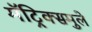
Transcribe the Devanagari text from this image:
मॅट्रिक्समुले